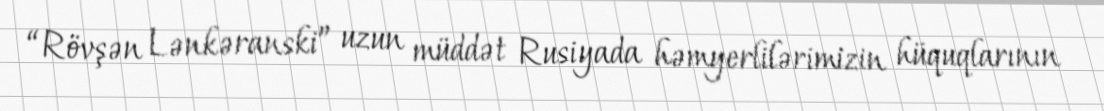
“Rövşən Lənkəranski” uzun müddət Rusiyada həmyerlilərimizin hüquqlarının